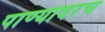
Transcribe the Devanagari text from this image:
पाण्यावरच